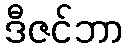
ဒီဇင်ဘာ